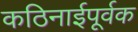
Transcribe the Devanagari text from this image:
कठिनाईपूर्वक